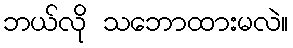
ဘယ်လို သဘောထားမလဲ။